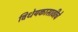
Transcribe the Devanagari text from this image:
विधेयकासाठीचे